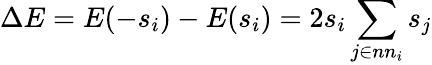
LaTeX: \Delta E=E(-s_{i})-E(s_{i})=2s_{i}\sum_{j\in nn_{i}}s_{j}